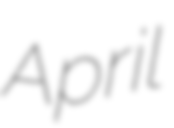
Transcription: April